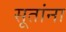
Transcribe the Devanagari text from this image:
सूतांना